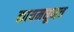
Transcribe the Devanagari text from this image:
कायमधूनच